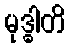
မုဒ္ဓါတိ